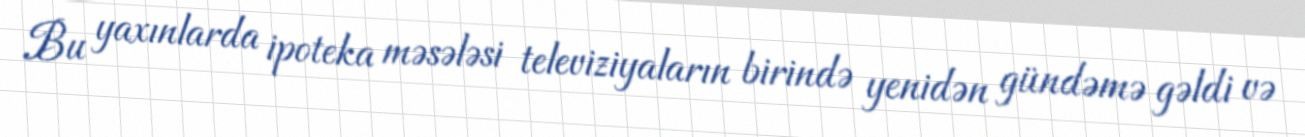
Bu yaxınlarda ipoteka məsələsi televiziyaların birində yenidən gündəmə gəldi və